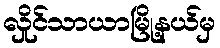
လှိုင်သာယာမြို့နယ်မှ